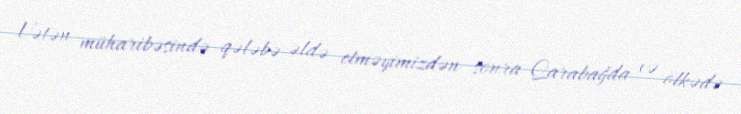
Vətən müharibəsində qələbə əldə etməyimizdən sonra Qarabağda və ölkədə